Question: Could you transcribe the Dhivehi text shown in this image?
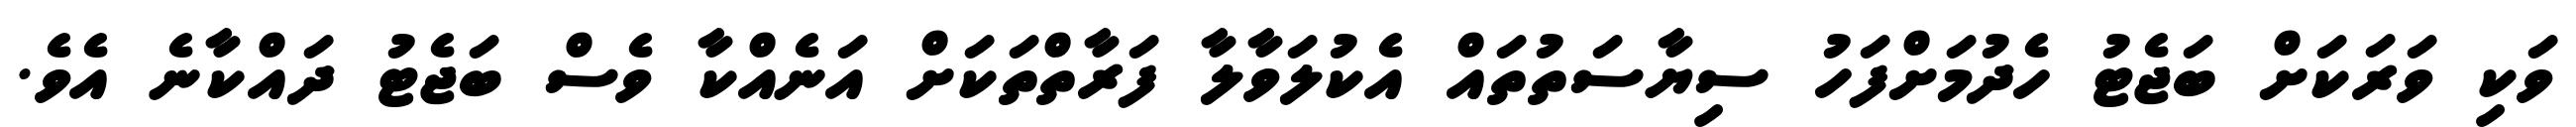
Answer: ވަކި ވަރަކަށް ބަޖެޓު ހެދުމަށްފަހު ސިޔާސަތުތައް އެކުލަވާލާ ފަރާތްތަކަށް އަނެއްކާ ވެސް ބަޖެޓު ދައްކާނެ އެވެ.